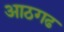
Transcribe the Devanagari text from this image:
आठगढ